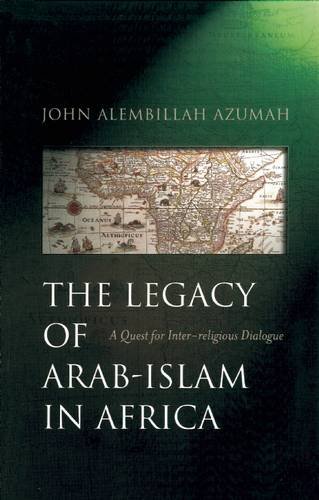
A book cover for The Legacy of Arab-Islam In Africa: A Quest for Inter-religious Dialogue; John Alembillah Azumah; Religion & Spirituality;